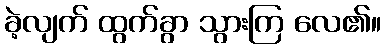
ခဲ့လျက် ထွက်ခွာ သွားကြ လေ၏။